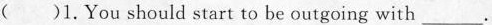
( )1.You should start to be outgoing with _